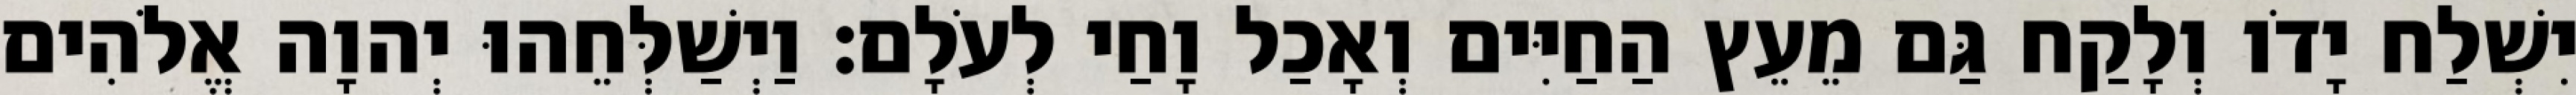
יִשְׁלַח יָדֹו וְלָקַח גַּם מֵעֵץ הַחַיִּים וְאָכַל וָחַי לְעֹלָם׃ וַיְשַׁלְּחֵהוּ יְהוָה אֱלֹהִים